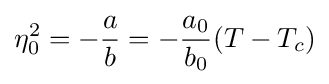
\eta _{0}^{2}=-{\frac {a}{b}}=-{\frac {a_{0}}{b_{0}}}(T-T_{c})